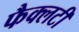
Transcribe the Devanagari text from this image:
फैक्‍लटी